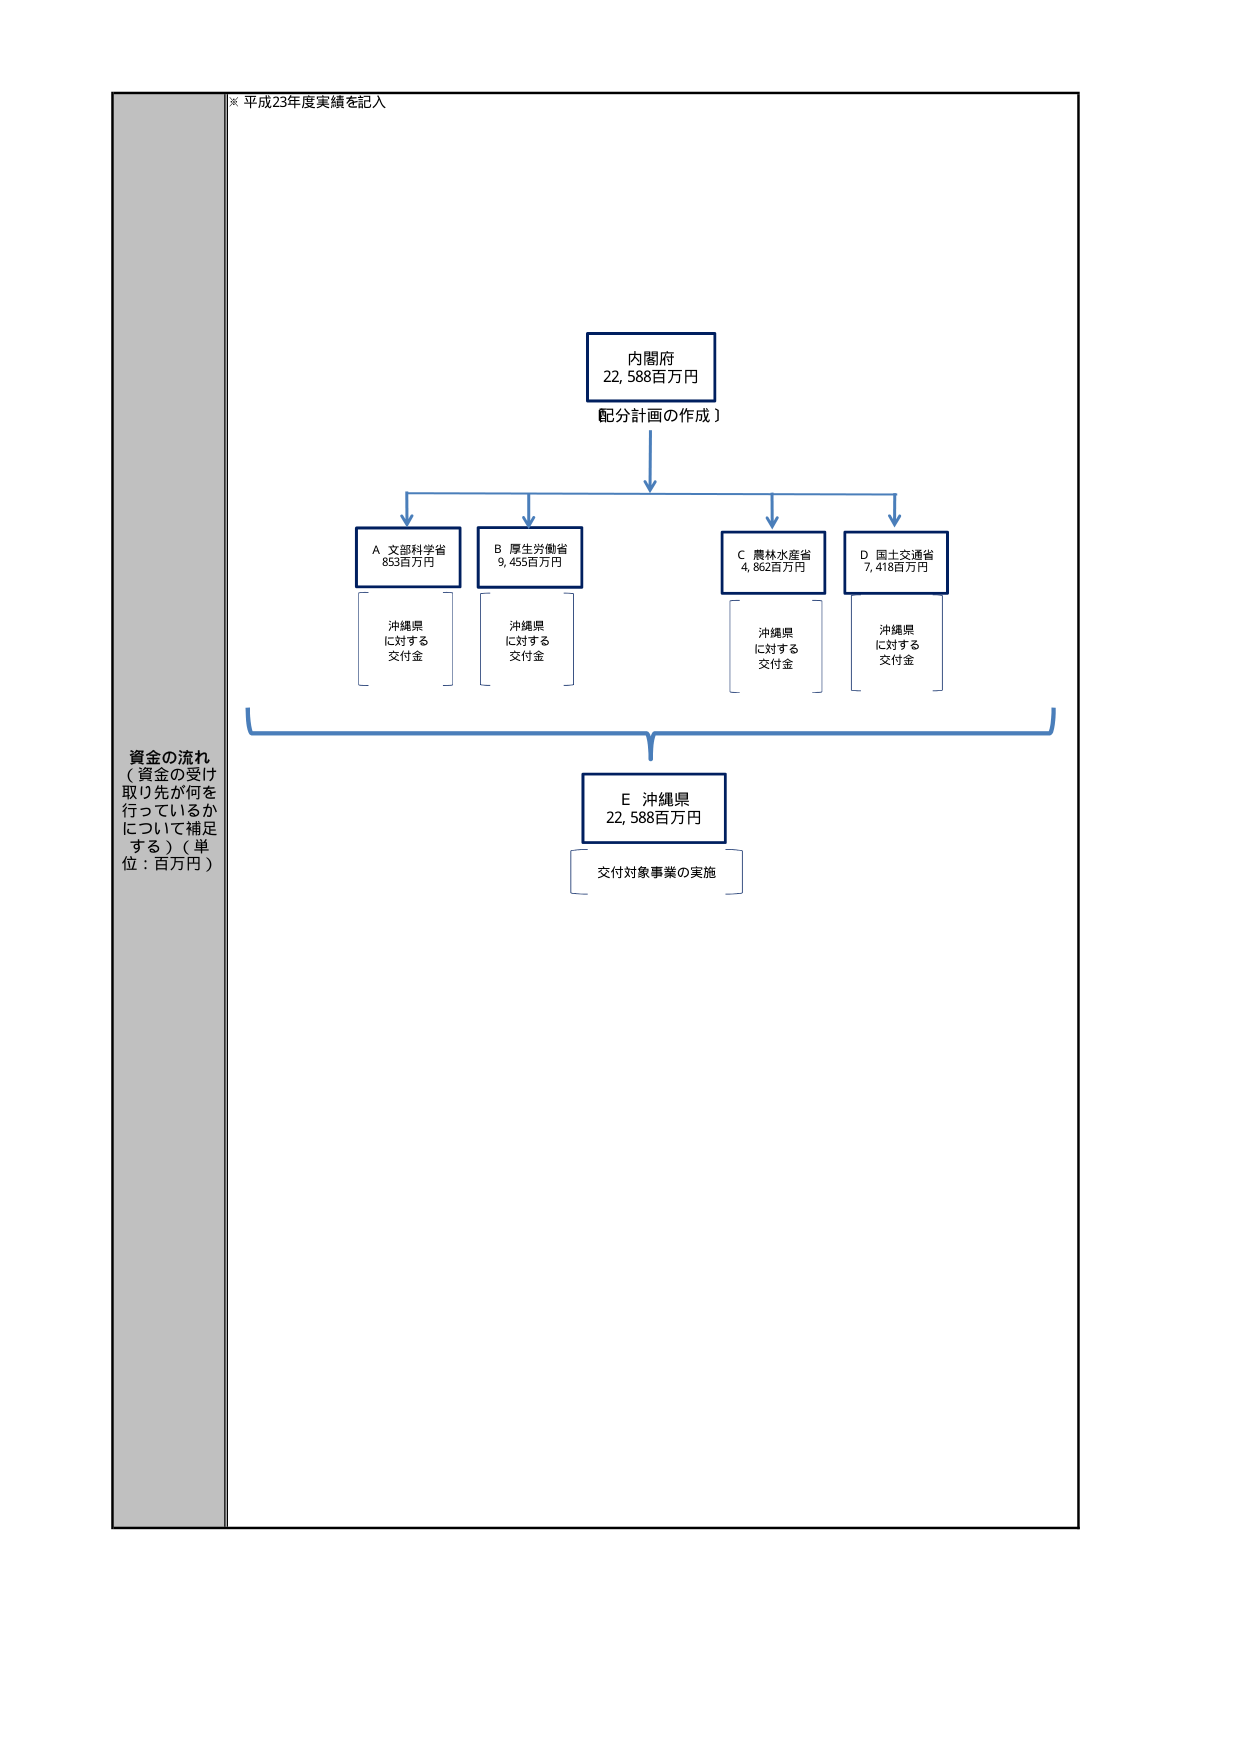
※ 平成23年度実績を記入

資金の流れ
（資金の受け
取り先が何を
行っているか
について補足
する）（単
位：百万円）

内閣府
22,588百万円
配分計画の作成

A 文部科学省
853百万円
沖縄県
に対する
交付金

B 厚生労働省
9,455百万円
沖縄県
に対する
交付金

C 農林水産省
4,862百万円
沖縄県
に対する
交付金

D 国土交通省
7,418百万円
沖縄県
に対する
交付金

E 沖縄県
22,588百万円
交付対象事業の実施